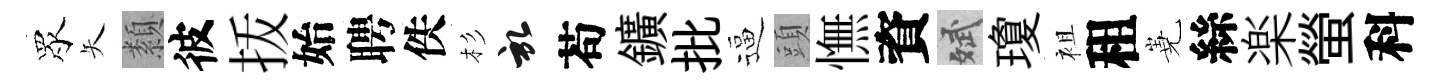
眾矢纇彼㧞始聘佚杉啓苟鑛批逼頭憮資斌瓊袓租嶤絲楽螢科